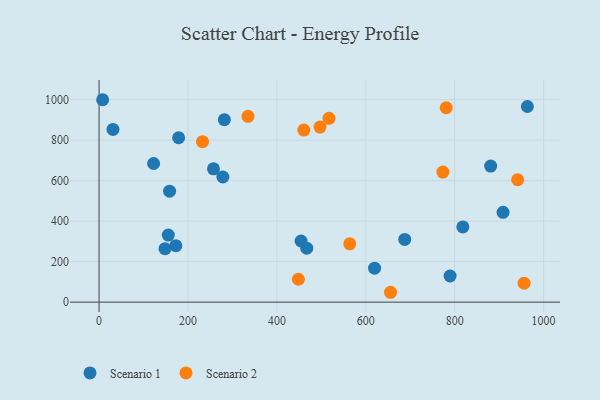
{"axis": {"x": "Experience", "y": "Demand"}, "legend": ["Scenario 1", "Scenario 2"], "data": [{"x": "31.3", "y": 853.2, "type": "Scenario 1"}, {"x": "158.6", "y": 547.9, "type": "Scenario 1"}, {"x": "179.0", "y": 812.0, "type": "Scenario 1"}, {"x": "278.5", "y": 618.1, "type": "Scenario 1"}, {"x": "687.6", "y": 309.6, "type": "Scenario 1"}, {"x": "8.0", "y": 999.8, "type": "Scenario 1"}, {"x": "122.7", "y": 684.8, "type": "Scenario 1"}, {"x": "908.8", "y": 443.4, "type": "Scenario 1"}, {"x": "257.4", "y": 658.6, "type": "Scenario 1"}, {"x": "155.7", "y": 331.4, "type": "Scenario 1"}, {"x": "880.9", "y": 672.3, "type": "Scenario 1"}, {"x": "818.3", "y": 371.6, "type": "Scenario 1"}, {"x": "467.2", "y": 266.4, "type": "Scenario 1"}, {"x": "963.5", "y": 966.3, "type": "Scenario 1"}, {"x": "789.6", "y": 129.2, "type": "Scenario 1"}, {"x": "454.4", "y": 301.9, "type": "Scenario 1"}, {"x": "172.7", "y": 278.8, "type": "Scenario 1"}, {"x": "619.8", "y": 167.7, "type": "Scenario 1"}, {"x": "281.8", "y": 901.2, "type": "Scenario 1"}, {"x": "148.4", "y": 263.9, "type": "Scenario 1"}, {"x": "335.0", "y": 917.9, "type": "Scenario 2"}, {"x": "956.1", "y": 93.5, "type": "Scenario 2"}, {"x": "773.4", "y": 642.6, "type": "Scenario 2"}, {"x": "460.6", "y": 850.1, "type": "Scenario 2"}, {"x": "232.7", "y": 792.5, "type": "Scenario 2"}, {"x": "497.0", "y": 864.6, "type": "Scenario 2"}, {"x": "517.2", "y": 907.7, "type": "Scenario 2"}, {"x": "780.9", "y": 960.2, "type": "Scenario 2"}, {"x": "448.3", "y": 113.1, "type": "Scenario 2"}, {"x": "941.6", "y": 604.4, "type": "Scenario 2"}, {"x": "655.6", "y": 48.7, "type": "Scenario 2"}, {"x": "563.9", "y": 287.8, "type": "Scenario 2"}]}